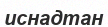
иснадтан